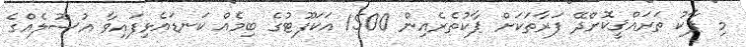
މި ޕާކު ތަރައްޤީކޮށްދޭ ފަރާތަކަށް ޕާކުތެރެއިން 1500 އަކަފޫޓުގެ ބިމެއް ކަނޑައެޅިފައިވާ އުސޫލެއްގެ